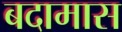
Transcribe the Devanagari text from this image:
बदामास